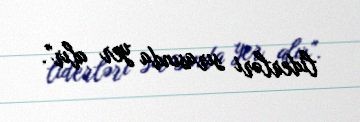
liderləri sırasında yer alır".